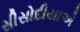
સીસોદીયાએ